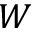
W